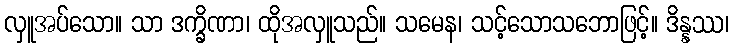
လှူအပ်သော။ သာ ဒက္ခိဏာ၊ ထိုအလှူသည်။ သမေန၊ သင့်သောသဘောဖြင့်။ ဒိန္နဿ၊